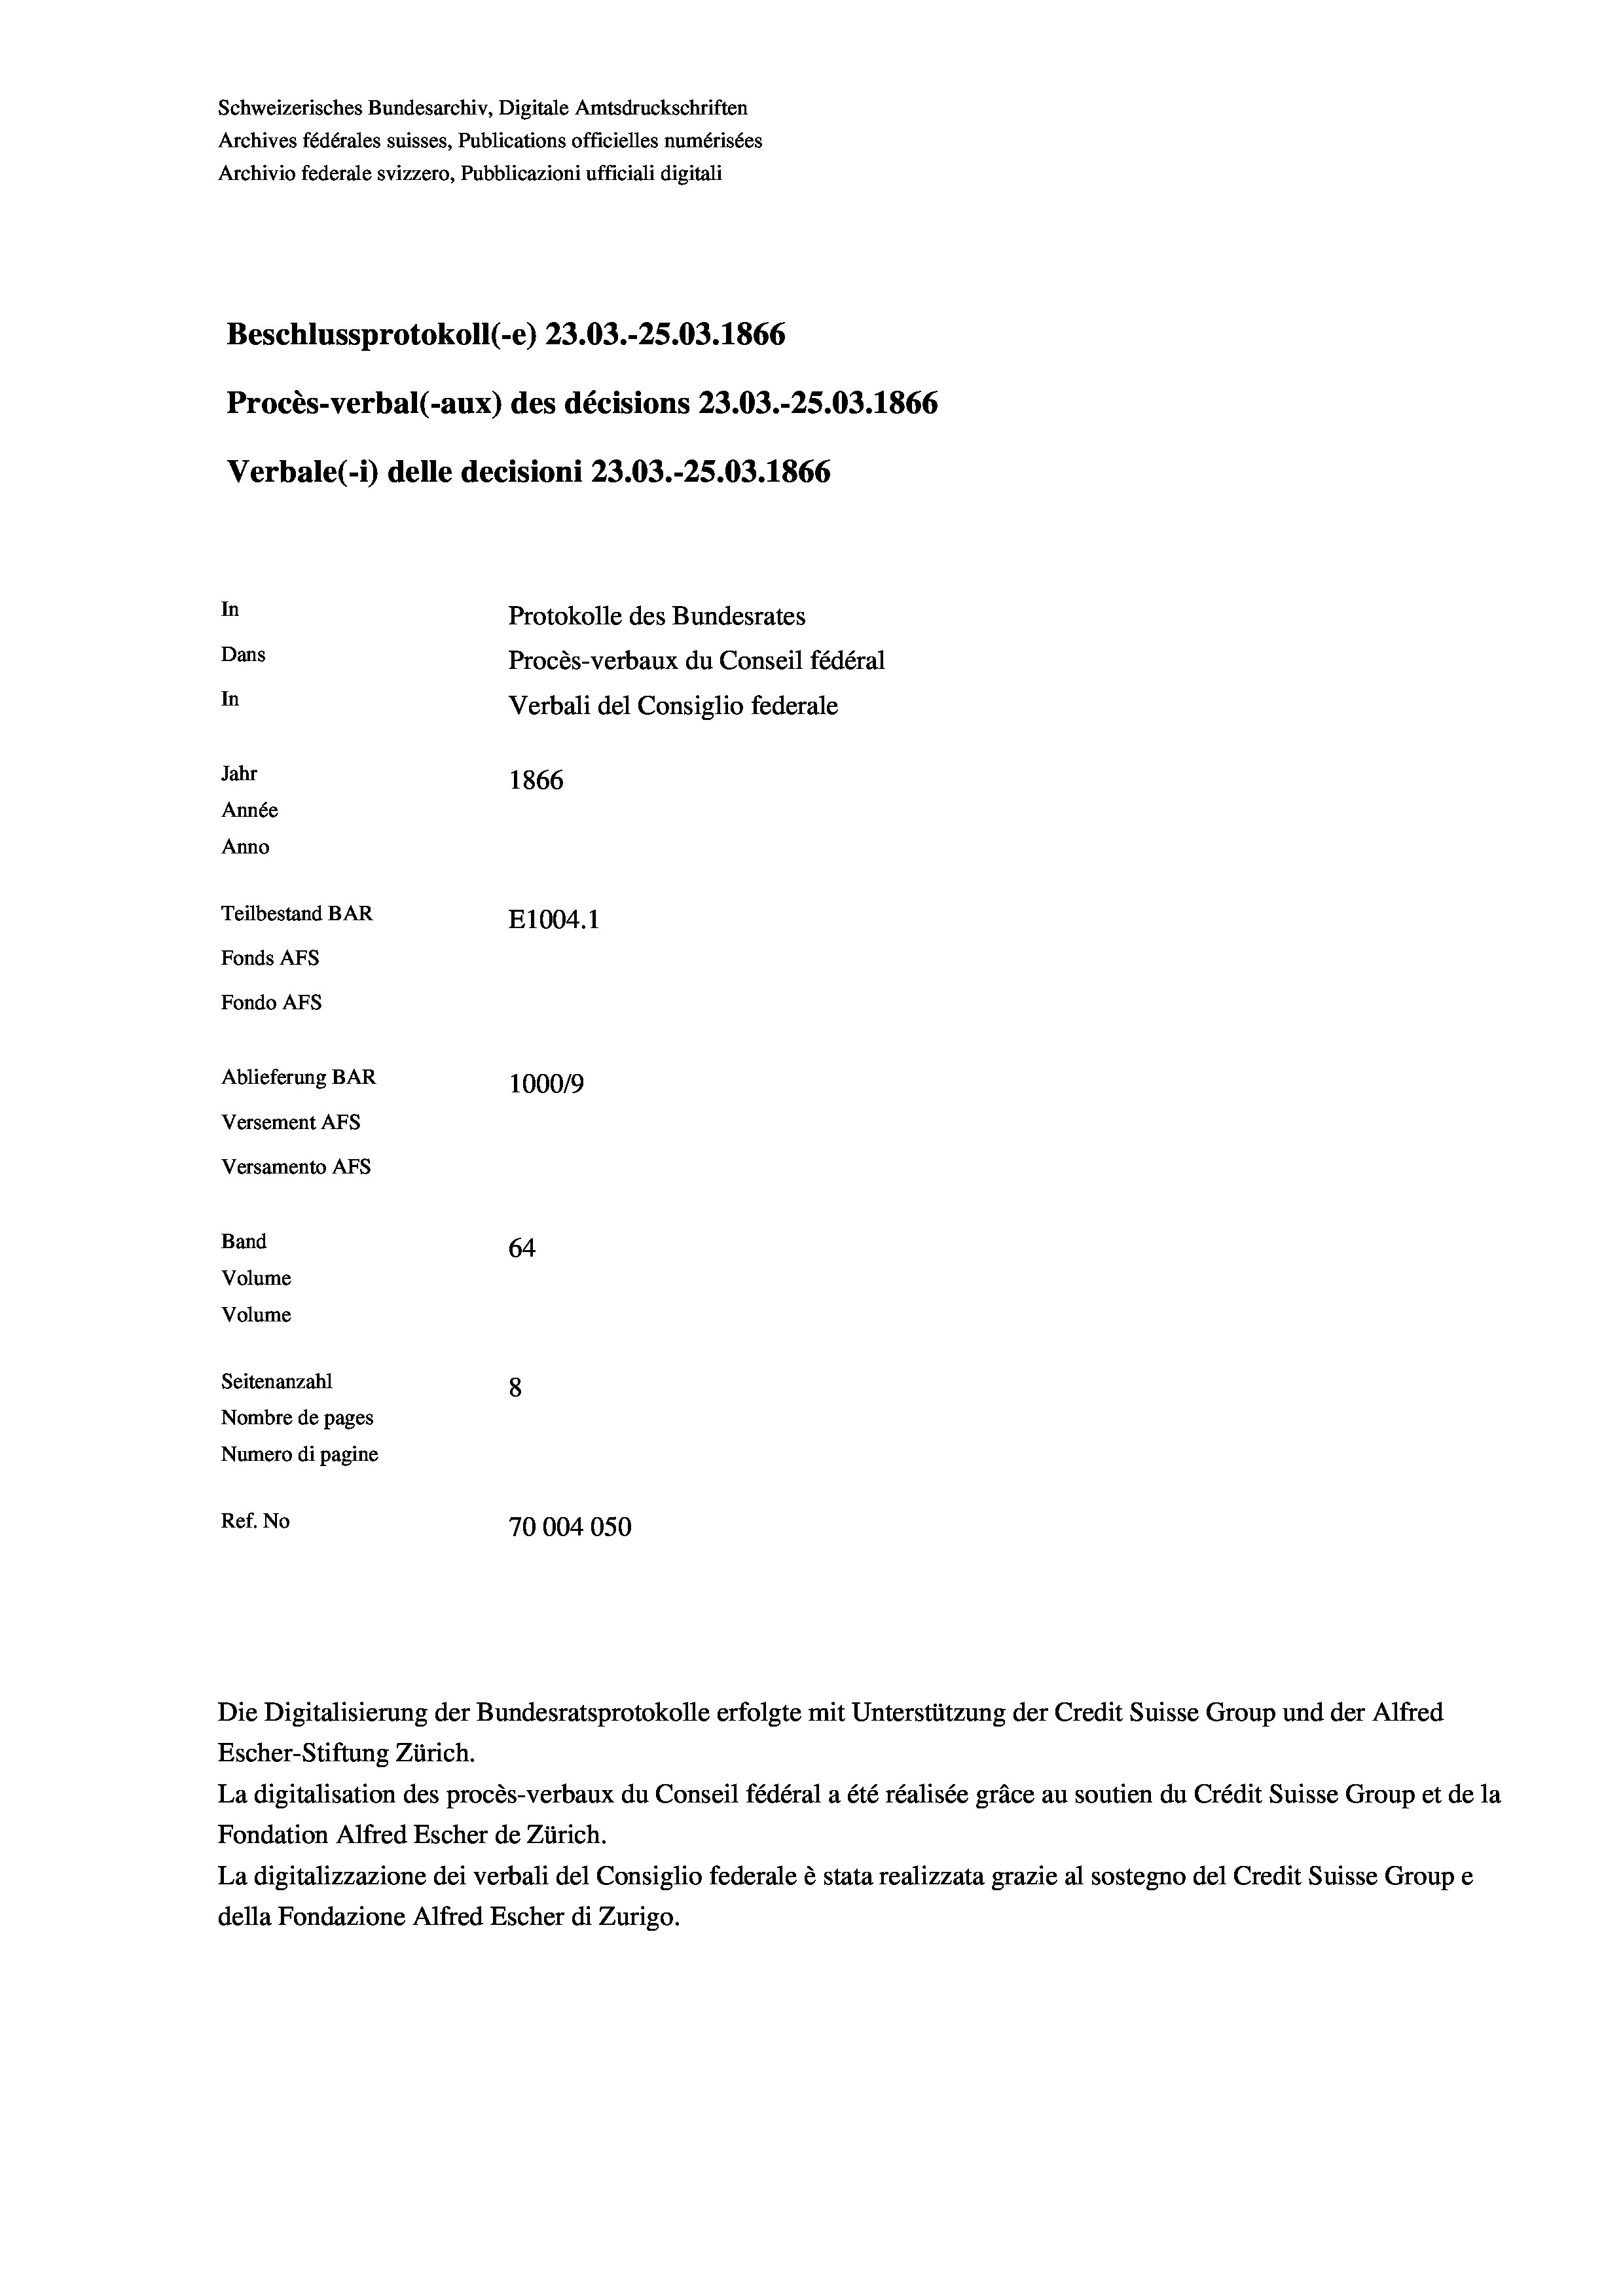
Schweizerisches Bundesarchiv, Digitale Amtsdruckschriften
Archives fédérales suisses, Publications officielles numérisées
Archivio federale svizzero, Pubblicazioni ufficiali digitali
Beschlussprotokoll (-e) 23.03.-25.03. 1866
Procès-verbal (-aux) des décisions 23.03.-25.03. 1866
Verbale (i) delle decisioni 23.03.-25.03. 1866
In
Protokolle des Bundesrates
Dans
Procès-verbaux du Conseil fédéral
In
Verbali del Consiglio federale
Jahr
1866
Année
Anno
Teilbestand BAR
E1004. 1
Fonds AFs
Fondo AFs

Ablieferung BAR
Versement AFs
Versamento Afs
Band

100019
64
Volume
Volume
Seitenanzahl
8
Nombre de pages
Numero di pagine
Ref. No
70004050

Escher-Stiftung Zürich.
La digitalisation des procès-verbaux du Conseil fédéral a été réalisée gräce au soutien du Crédit Suisse Group et de la
Fondation Alfred Escher de Zürich.
La digitalizzazione dei verbali del Consiglio federale è stata realizzata grazie al sostegno del Credit Suisse Groupe
della Fondazione Alfred Escher di Zurigo.

Die Digitalisierung der Bundesratsprotokolle erfolgte mit Unterstützung der Credit Suisse Group und der Alfred